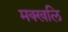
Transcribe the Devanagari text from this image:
मक्खलि